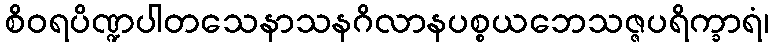
စိဝရပိဏ္ဍပါတသေနာသနဂိလာနပစ္စယဘေသဇ္ဇပရိက္ခာရံ၊